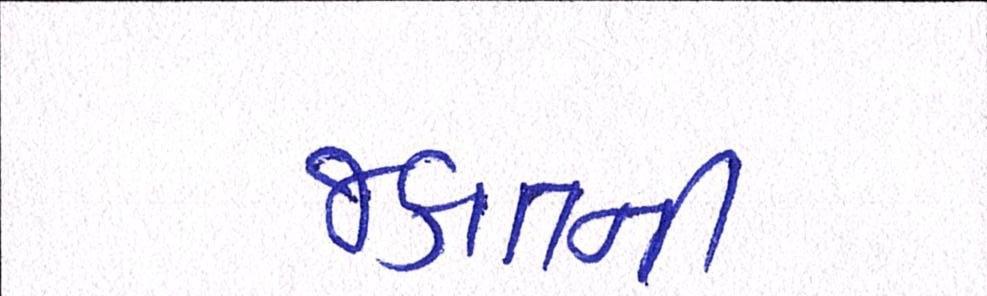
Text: જકાતની